Indian journal of veterinary science and animal husbandry - Volume 13,
Year: 1943
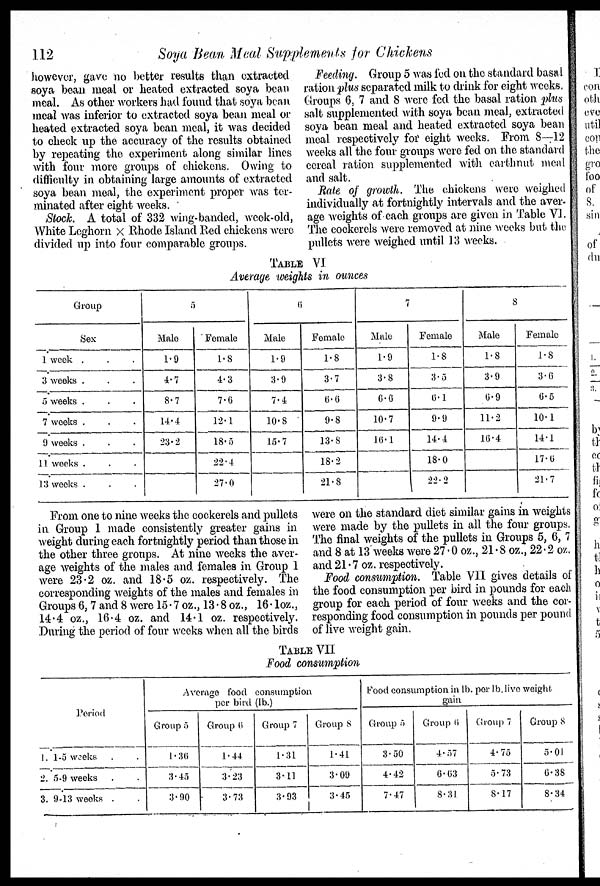
112
Soya Bean Meal Supplements for Chickens
however, gave no better results than extracted
soya bean meal or heated extracted soya bean
meal. As other workers had found that soya bean
meal was inferior to extracted soya bean meal or
heated extracted soya bean meal, it was decided
to check up the accuracy of the results obtained
by repeating the experiment along similar lines
with four more groups of chickens. Owing to
difficulty in obtaining large amounts of extracted
soya bean meal, the experiment propor was ter-
minated after eight weeks.
Stock. A total of 332 wing-banded, week-old,
White Leghorn × Rhode Island Red chickens were
divided up into four comparable groups.
Feeding. Group 5 was fed on the standard basal
ration plus separated milk to chink for eight weeks.
Groups 6, 7 and 8 were fed. the basal ration. plus
salt supplemented with soya bean meal, extracted
soya bean meal and heated extracted soya bean
meal respectively for eight weeks. From 8—12
weeks all the four groups were fed on the standard
cereal ration supplemented with carthnut meal
and salt.
Rale of growth. The chickens were weighed
individually at fortnightly intervals and the aver-
age weights of each groups are given in Table VI.
The cockerels were removed at nine weeks but the
pullets were weighed until 13 weeks.
TABLE VI
Average weights in ounces
Group
Sex
1 week . . .
3 weeks . . .
5 weeks . . .
7 weeks . . .
9 weeks . . .
11 weeks . . .
13 weeks . . .
5
Male
1.9
4.7
8.7
14.4
23.2
Female
1.8
4.3
7.6
12.1
18.5
22.4
27.0
6
Male
1.9
3.9
7.4
10.8
15.7
Female
1.8
3.7
6.6
9.8
13.8
18.2
21.8
7
Male
1.9
3.8
6.6
10.7
16.1
Female
1.8
3.5
6.1
9.9
14.4
18.0
22.2
8
Male
1.8
3.9
6.9
11.2
16.4
Female
1.8
3.6
6.5
10.1
14.1
17.0
21.7
From one to nine weeks the cockerels and pullets
in Group 1 made consistently greater gains in
weight during each fortnightly period than those in
the other three groups. At nine weeks the aver-
age weights of the males and females in Group 1
were 23.2 oz. and 18.5 oz. respectively. The
corresponding weights of the males and females in
Groups 6,7 and 8 were 15.7 oz., 13.8 oz., 16.1oz.,
14.4 oz., 16.4 oz. and 14.1 oz. respectively.
During the period of four weeks when all the birds
were on the standard diet similar gains in weights
were made by the pullets in all the four groups.
The final weights of the pullets in Groups 5, 6, 7
and 8 at 13weeks were 27.0 oz., 21.8 oz., 22.2 oz.
and 21.7 oz. respectively.
Food consumption. Table VII gives details of
the food consumption per bird in pounds for each
group for each period of four weeks and the cor-
responding food consumption in pounds per pound
of live weight gain.
TABLE VII
Food consumption
Period
1. 1-5 weeks . .
2. 5-9 weeks . .
3. 9-13 weeks . .
Average food consumption
per bird ( lb.)
Group 5
1.30
3.45
3.90
Group 6
1.44
3.23
3.73
Group 7
1.31
3.11
3.93
Group 8
1.41
3.09
3.45
Food consumption in lb. per lb.live weight
gain
Group 5
3.50
4.42
7.47
Group 6
4.57
6.63
8.31
Group 7
4.75
5.73
8.17
Group 8
5.01
6.38
8.34